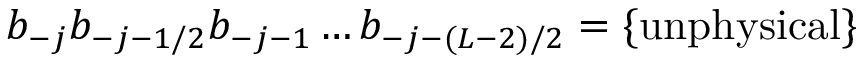
b _ { - j } b _ { - j - 1 / 2 } b _ { - j - 1 } \ldots b _ { - j - ( L - 2 ) / 2 } = \{ \mathrm { u n p h y s i c a l } \}